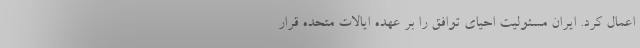
اعمال کرد. ایران مسئولیت احیای توافق را بر عهده ایالات متحده قرار